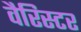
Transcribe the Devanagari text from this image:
वैरिस्टर